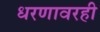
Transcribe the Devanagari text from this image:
धरणावरही